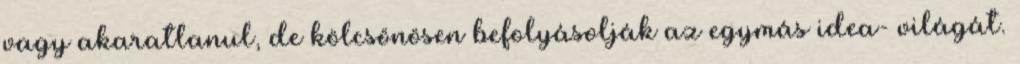
vagy akaratlanul, de kölcsönösen befolyásolják az egymás idea- világát.